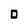
Character: 0